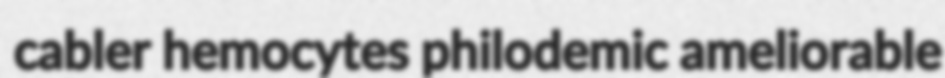
cabler hemocytes philodemic ameliorable